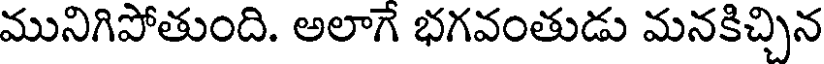
మునిగిపోతుంది. అలాగే భగవంతుడు మనకిచ్చిన